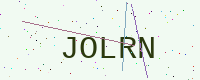
Text: JOLRN